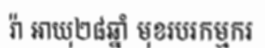
រ៉ា អាយុ២៨ឆ្នាំ មុខរបរកម្មករ